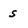
Character: s